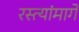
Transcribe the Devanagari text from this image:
रस्त्यांमार्गे